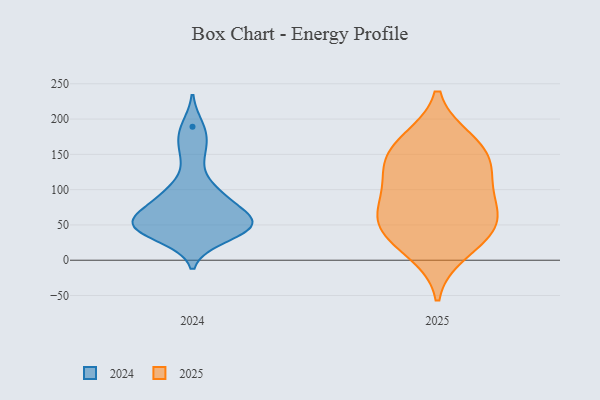
{"axis": {"x": "Conversion Rate (%)", "y": "Value"}, "legend": ["2024", "2025"], "data": [{"x": "", "y": 128, "type": "2025"}, {"x": "", "y": 83, "type": "2025"}, {"x": "", "y": 131, "type": "2025"}, {"x": "", "y": 42, "type": "2025"}, {"x": "", "y": 167, "type": "2025"}, {"x": "", "y": 12, "type": "2025"}, {"x": "", "y": 170, "type": "2025"}, {"x": "", "y": 142, "type": "2025"}, {"x": "", "y": 48, "type": "2025"}, {"x": "", "y": 38, "type": "2025"}, {"x": "", "y": 90, "type": "2025"}, {"x": "", "y": 67, "type": "2025"}, {"x": "", "y": 33, "type": "2024"}, {"x": "", "y": 46, "type": "2024"}, {"x": "", "y": 146, "type": "2024"}, {"x": "", "y": 52, "type": "2024"}, {"x": "", "y": 189, "type": "2024"}, {"x": "", "y": 102, "type": "2024"}, {"x": "", "y": 82, "type": "2024"}, {"x": "", "y": 59, "type": "2024"}, {"x": "", "y": 44, "type": "2024"}, {"x": "", "y": 171, "type": "2024"}, {"x": "", "y": 81, "type": "2024"}, {"x": "", "y": 55, "type": "2024"}, {"x": "", "y": 51, "type": "2024"}, {"x": "", "y": 95, "type": "2024"}, {"x": "", "y": 48, "type": "2024"}, {"x": "", "y": 49, "type": "2024"}]}